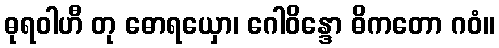
ဓုရဝါဟီ တု ဓောရယှော၊ ဂေါဝိန္ဒော ဓိကတော ဂဝံ။